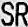
SR